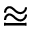
\approxeq